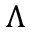
\Lambda